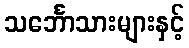
သင်္ဘောသားများနှင့်